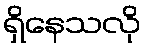
ရှိနေသလို